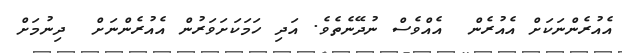
އެއުރެންނަކަށް އެއުރެން  އެއްވެސް ނުދޭނެތެވެ. އަދި ހަމަކަށަވަރުން އެއުރެންނަށް  ދިނުމަށް